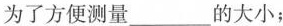
为了方便测量___的大小；